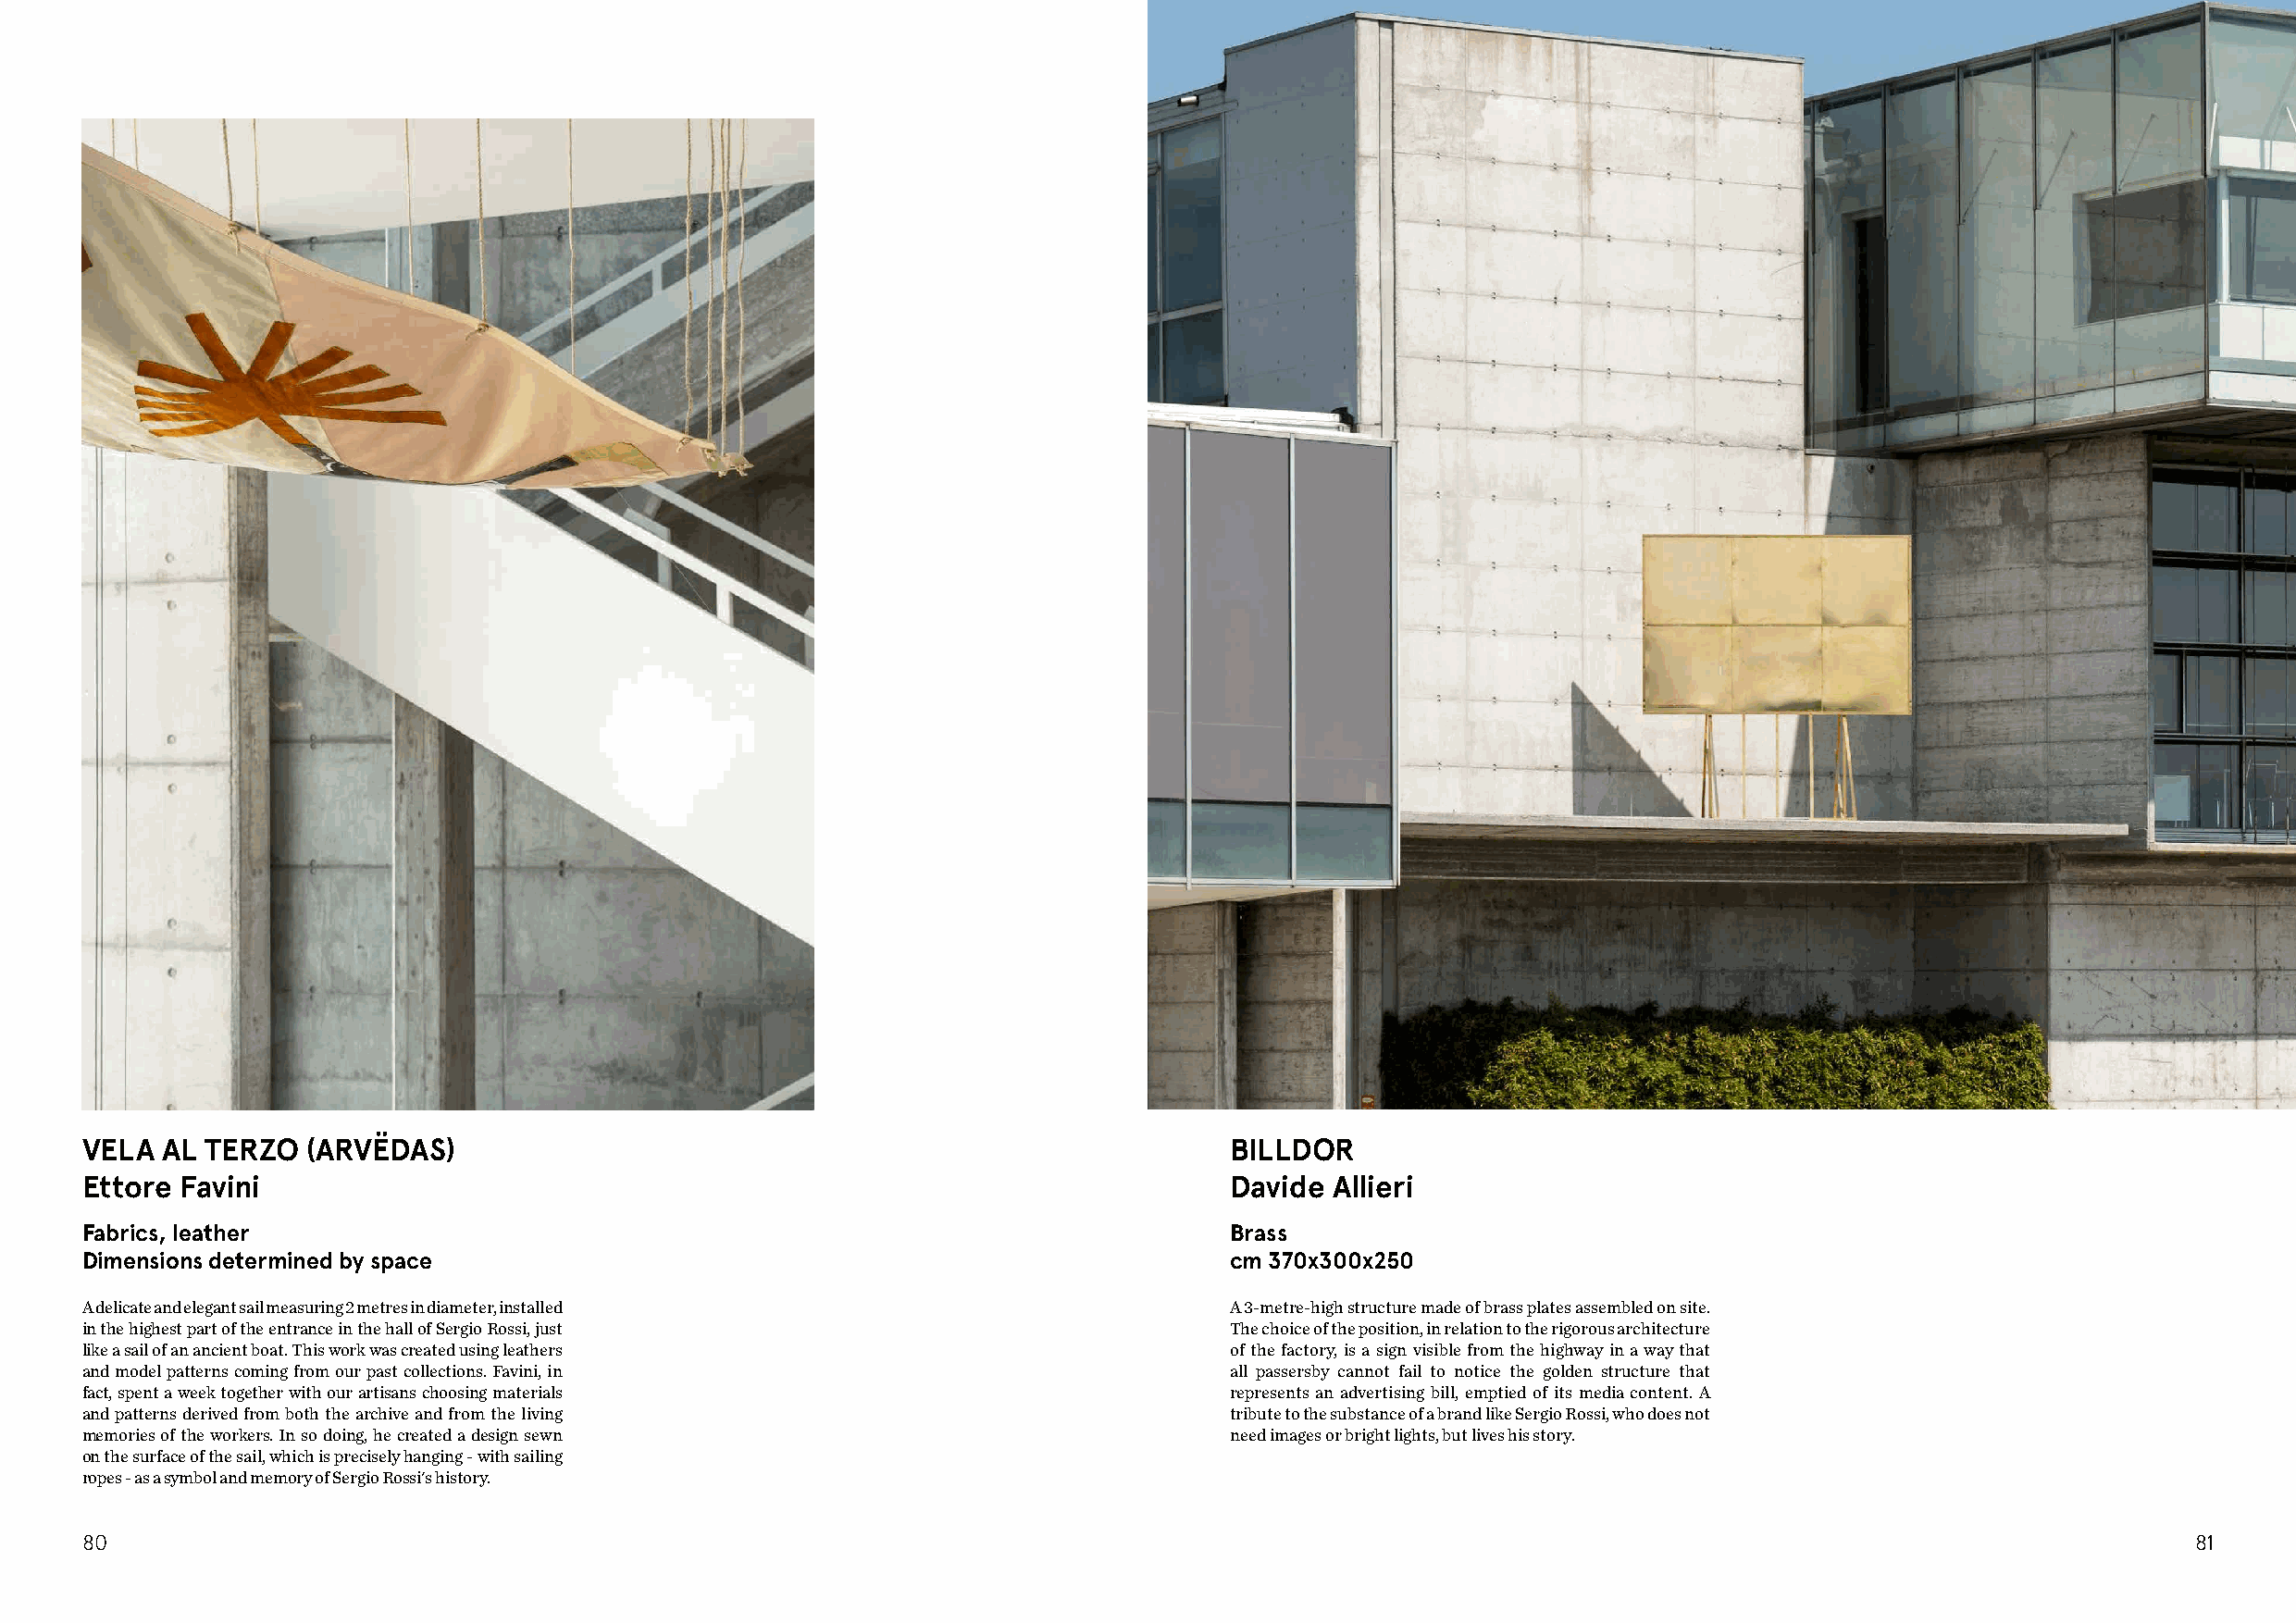
VELA  AL TERZO  (ARVËDAS)                                                         BILLDOR
 Ettore Favini                                                                     Davide Allieri
 Fabrics, leather                                                                  Brass
 Dimensions determined by space                                                    cm 370x300x250
 A delicate and elegant sail measuring 2 metres in diameter, installed             A 3-metre-high structure made of brass plates assembled on site.
 in the highest part of the entrance in the hall of Sergio Rossi, just             The choice of the position, in relation to the rigorous architecture
 like a sail of an ancient boat. This work was created using leathers              of the factory, is a sign visible from the highway in a way that
 and model patterns coming from our past collections. Favini, in                   all passersby cannot fail to notice the golden structure that
 fact, spent a week together with our artisans choosing materials                  represents an advertising bill, emptied of its media content. A
 and patterns derived from both the archive and from the living                    tribute to the substance of a brand like Sergio Rossi, who does not
 memories of the workers. In so doing, he created a design sewn                    need images or bright lights, but lives his story.
 on the surface of the sail, which is precisely hanging - with sailing
 ropes - as a symbol and memory of Sergio Rossi's history.
 80                                                                                                                                                     81